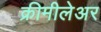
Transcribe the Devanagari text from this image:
क्रीमीलेअर